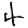
Digit: 4